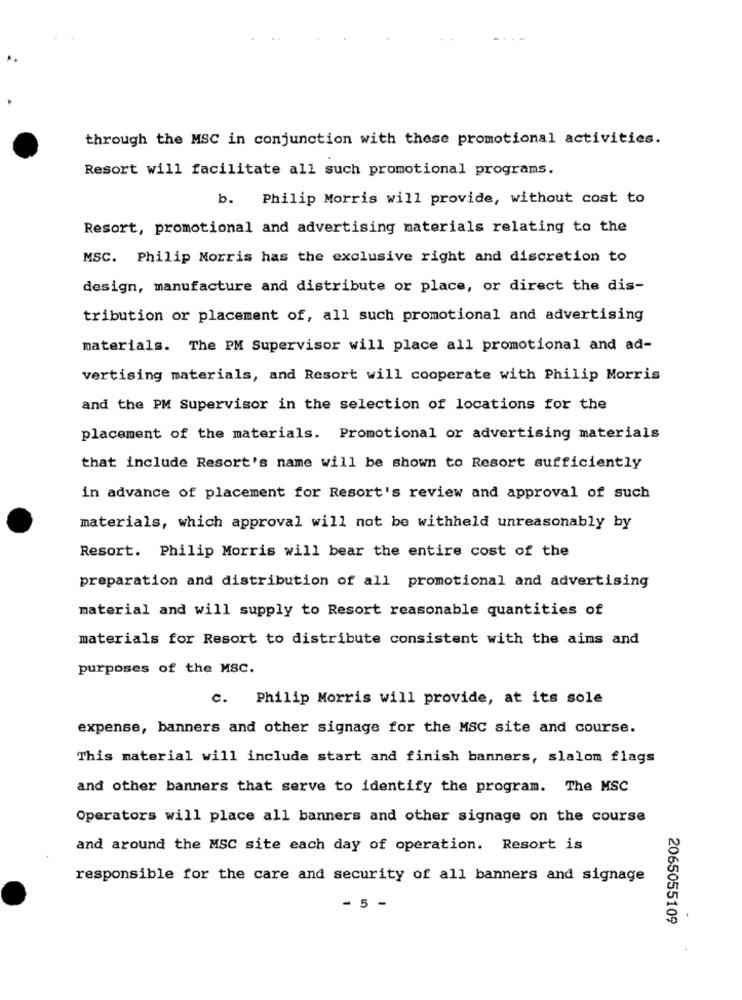
.-
through the MSC in conjunction with these promotional activities.
Resort will facilitate all such promotional programs.
b. Philip Morris will provide, without cost to
Resort, promotional and advertising materials relating to the
MSC. Philip Morris has the exclusive right and discretion to
design, manufacture and distribute or place, or direct the dis-
tribution or placement of, all such promotional and advertising
materials. The PM Supervisor will place all promotional and ad-
vertising materials, and Resort will cooperate with Philip Morris
and the PM Supervisor in the selection of locations for the
placement of the materials. Promotional or advertising materials
that include Resort's name will be shown to Resort sufficiently
in advance of placement for Resort's review and approval of such
materials, which approval will not be withheld unreasonably by
Resort. Philip Morris will bear the entire cost of the
preparation and distribution of all promotional and advertising
material and will supply to Resort reasonable quantities of
materials for Resort to distribute consistent with the aims and
purposes of the MSC.
C. Philip Morris will provide, at its sole
expense, banners and other signage for the MSC site and course.
This material will include start and finish banners, slalom flags
and other banners that serve to identify the program. The MSC
Operators will place all banners and other signage on the course
and around the MSC site each day of operation. Resort is
responsible for the care and security of all banners and signage
- 5 -
2065055109